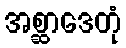
အစ္ဆာဒေတုံ